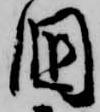
国